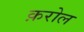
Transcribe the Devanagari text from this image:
क़रोल